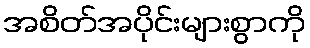
အစိတ်အပိုင်းများစွာကို